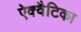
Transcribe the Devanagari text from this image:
ऐक्वैटिका